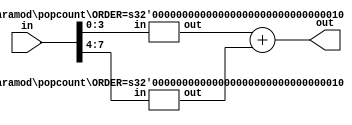
module popcount #(
	parameter ORDER = 3
)(
	input [W-1:0] in, output [ORDER:0] out
);
	localparam W = 2 ** ORDER;

	generate
		if (ORDER == 0)
			assign out = in;
		else begin
			wire [ORDER-1:0] a, b;

			popcount #(ORDER-1) pca (in[W/2-1:0], a);
			popcount #(ORDER-1) pcb (in[W-1:W/2], b);

			assign out = a + b;
		end
	endgenerate
endmodule